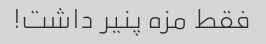
فقط مزه پنیر داشت!